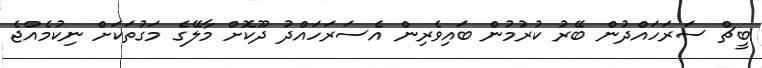
ބީޗް ސަރަހައްދުން ބޭރު ކުރުމުން ބައިވެރިން އެސަރަހައްދު ދޫކޮށް މާލޭގެ މަގުތަކަށް ނިކުމެއްޖެ